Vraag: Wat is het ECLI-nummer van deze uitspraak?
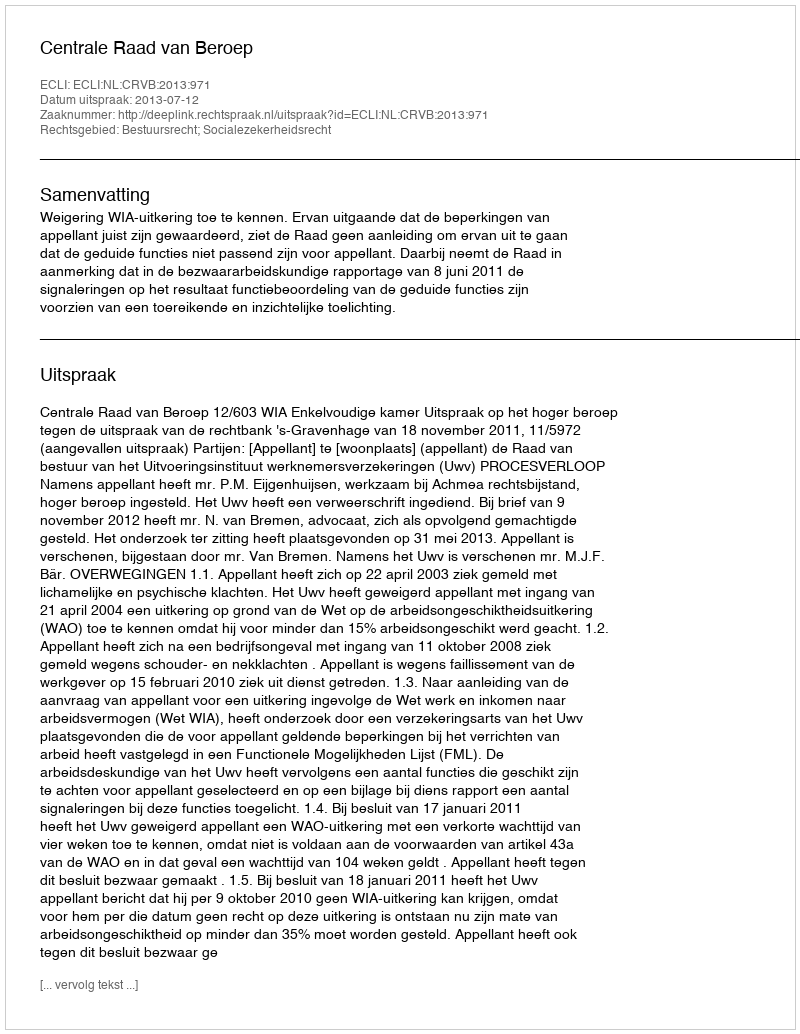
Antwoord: ECLI:NL:CRVB:2013:971